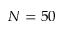
N = 5 0